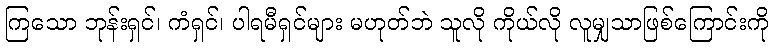
ကြသော ဘုန်းရှင်၊ ကံရှင်၊ ပါရမီရှင်များ မဟုတ်ဘဲ သူလို ကိုယ်လို လူမျှသာဖြစ်ကြောင်းကို